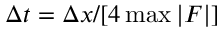
\Delta t = \Delta x / [ 4 \operatorname* { m a x } | F | ]